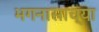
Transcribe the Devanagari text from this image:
भगनासाच्या